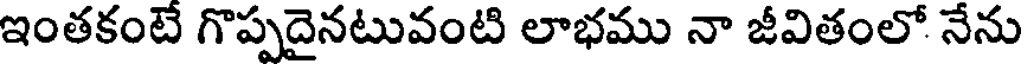
ఇంతకంటే గొప్పదైనటువంటి లాభము నా జీవితంలో నేను